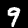
Label: 9